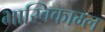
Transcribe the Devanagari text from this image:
भास्विकाम्ल